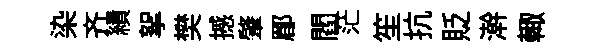
染齐績挐樊撼肇郿閻茫笙抗貶澣輙